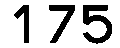
175